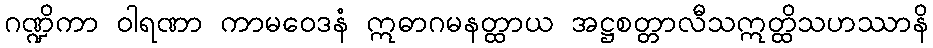
ဂဏ္ဍိကာ ဝါရဏာ ကာမဝေဒနံ ဣဓာဂမနတ္ထာယ အဋ္ဌစတ္တာလီသဣတ္ထိသဟဿာနိ